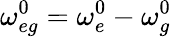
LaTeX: \omega_{eg}^{0}=\omega_{e}^{0}-\omega_{g}^{0}